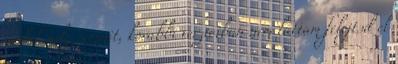
tudok rola semmit, korabbi verzioiban nem lattam felejtsd el